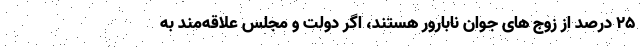
۲۵ درصد از زوج های جوان نابارور هستند، اگر دولت و مجلس علاقه‌مند به